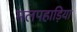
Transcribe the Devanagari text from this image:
मलपहाड़िया